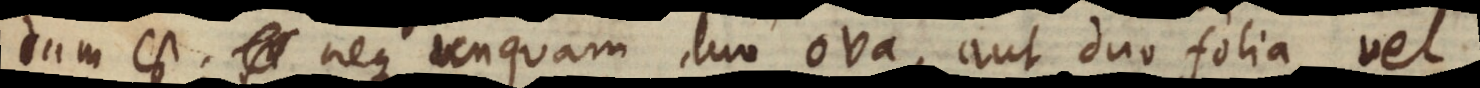
dum est; neque unquam duo ova, aut duo folia vel